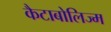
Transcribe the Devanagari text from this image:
कैटाबोलिज्म